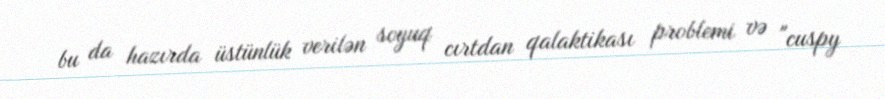
bu da hazırda üstünlük verilən soyuq cırtdan qalaktikası problemi və "cuspy